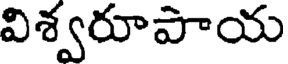
విశ్వరూపాయ